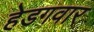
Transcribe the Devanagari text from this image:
हेडगवार